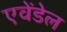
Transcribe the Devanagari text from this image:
एवेंडेल